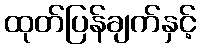
ထုတ်ပြန်ချက်နှင့်